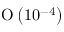
\mathrm { O } \left( 1 0 ^ { - 4 } \right)